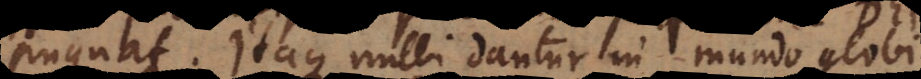
pugnat. Itaque nulli dantur in mundo globi